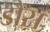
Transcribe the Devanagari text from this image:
डौस